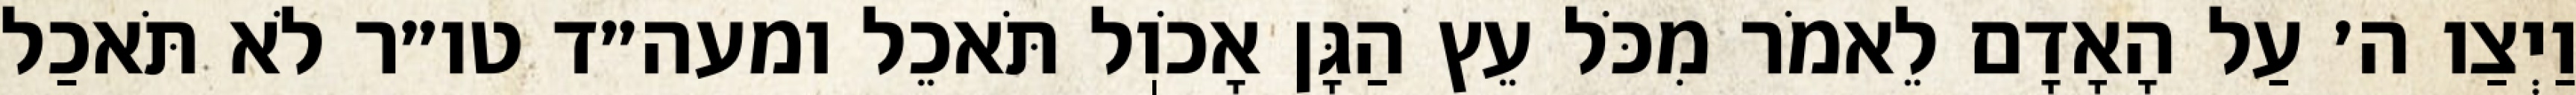
וַיְצַו ה׳ עַל הָאָדָם לֵאמֹר מִכֹּל עֵץ הַגָּן אָכֹוֽל תֹּאכֵל ומעה״ד טו״ר לֹא תֹּאכַל